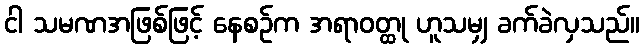
ငါ သမဏအဖြစ်ဖြင့် နေစဉ်က အရာဝတ္ထု ဟူသမျှ ခက်ခဲလှသည်။